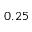
0 . 2 5